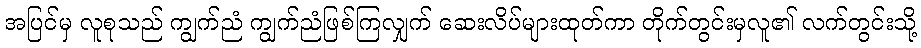
အပြင်မှ လူစုသည် ကျွက်ညံ ကျွက်ညံဖြစ်ကြလျှက် ဆေးလိပ်များထုတ်ကာ တိုက်တွင်းမှလူ၏ လက်တွင်းသို့